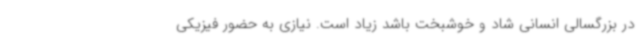
در بزرگسالی انسانی شاد و خوشبخت باشد زیاد است. نیازی به حضور فیزیکی